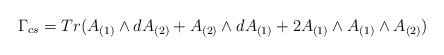
LaTeX: \begin{align*}\Gamma_{cs} = Tr(A_{(1)} \wedge dA_{(2)} + A_{(2)} \wedge dA_{(1)} + 2A_{(1)} \wedge A_{(1)} \wedge A_{(2)})\end{align*}